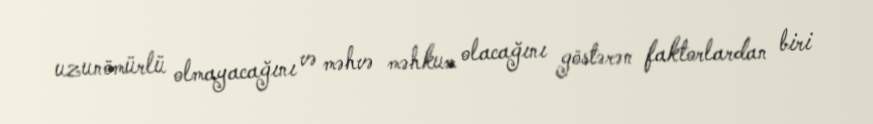
uzunömürlü olmayacağını və məhvə məhkum olacağını göstərən faktorlardan biri